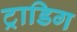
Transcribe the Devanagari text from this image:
ट्राडिग